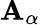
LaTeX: \mathbf{A}_{\alpha}